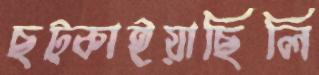
ছট্‌কাইয়াছিলি